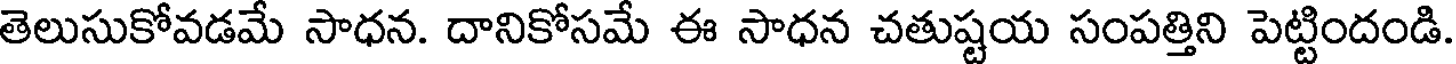
తెలుసుకోవడమే సాధన. దానికోసమే ఈ సాధన చతుష్టయ సంపత్తిని పెట్టిందండి